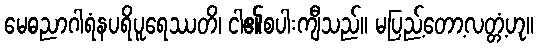
မေဓညာဂါရံနပရိပူရေဿတိ၊ ငါ၏စပါးကျီသည်။ မပြည့်တော့လတ္တံ့ဟု။